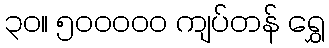
၃၀။ ၅၀၀၀၀၀ ကျပ်တန် ရွှေ